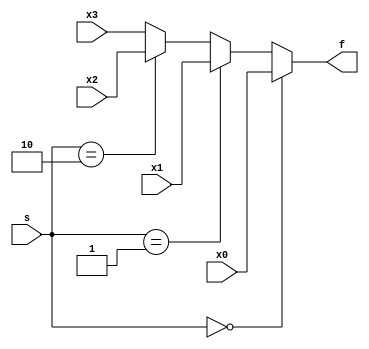
module mux4x1 #(parameter n =32 ) 
               (input [n-1:0] x0 , x1 , x2 , x3 , input [1:0] s , output [n-1:0] f);

assign f = (s==2'b00) ? x0 :
           (s==2'b01) ? x1 :
           (s==2'b10) ? x2 : x3 ;
endmodule